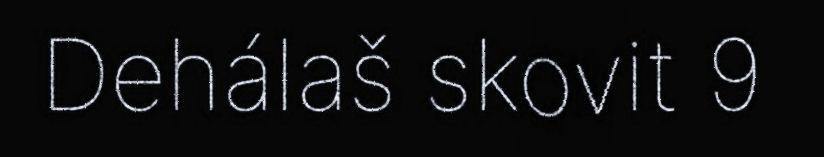
Dehálaš skovit 9